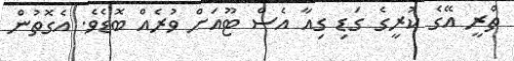
ތްރީ އޭގެ ކުރީގެ ގަޑި ގިއާ އެސް ޓޫއަށް ވުރެއް ބޮޑެވެ. އެގޮތުން